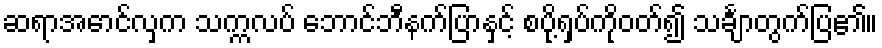
ဆရာအောင်လှက သက္ကလပ် ဘောင်ဘီနက်ပြာနှင့် စပို့ရှပ်ကိုဝတ်၍ သင်္ချာတွက်ပြ၏။